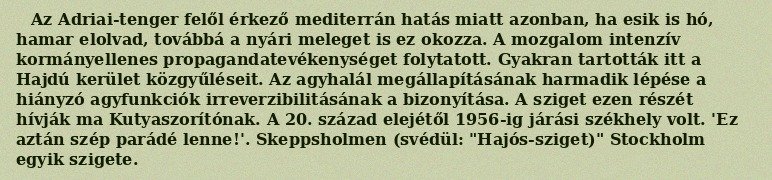
Az Adriai-tenger felől érkező mediterrán hatás miatt azonban, ha esik is hó, hamar elolvad, továbbá a nyári meleget is ez okozza. A mozgalom intenzív kormányellenes propagandatevékenységet folytatott. Gyakran tartották itt a Hajdú kerület közgyűléseit. Az agyhalál megállapításának harmadik lépése a hiányzó agyfunkciók irreverzibilitásának a bizonyítása. A sziget ezen részét hívják ma Kutyaszorítónak. A 20. század elejétől 1956-ig járási székhely volt. 'Ez aztán szép parádé lenne!'. Skeppsholmen (svédül: "Hajós-sziget)" Stockholm egyik szigete.